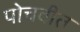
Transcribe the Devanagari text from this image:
पोचवीत